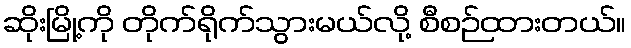
ဆိုးမြို့ကို တိုက်ရိုက်သွားမယ်လို့ စီစဉ်ထားတယ်။